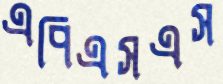
এপিএসএস